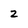
Character: 2